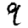
Digit: 9